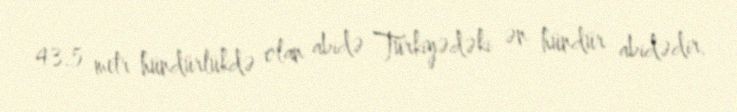
43.5 metr hündürlükdə olan abidə Türkiyədəki ən hündür abidədir.